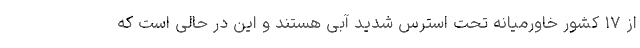
از ۱۷ کشور خاورمیانه تحت استرس شدید آبی هستند و این در حالی است که